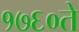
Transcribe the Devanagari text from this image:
१७६०ते